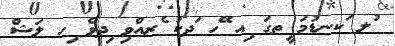
ުލ ަކނޑުމަ ީތގަ ިއ ޭހ ަދކު ެރއްވި ިދވެ ިހ ލަޝް